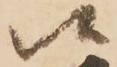
候